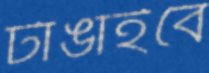
টাঙাইবে